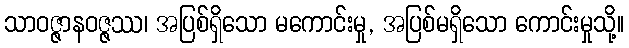
သာဝဇ္ဇာနဝဇ္ဇဿ၊ အပြစ်ရှိသော မကောင်းမှု, အပြစ်မရှိသော ကောင်းမှုသို့။